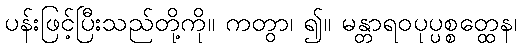
ပန်းဖြင့်ပြီးသည်တို့ကို။ ကတွာ၊ ၍။ မန္တာရဝပုပ္ပစ္စတ္ထေန၊